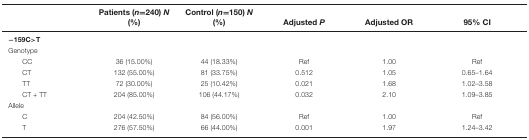
<table><thead><tr><td></td><td><b>Patients (<i>n</i>=240) <i>N</i> (%)</b></td><td><b>Control (<i>n</i>=150) <i>N</i> (%)</b></td><td><b>Adjusted <i>P</i></b></td><td><b>Adjusted OR</b></td><td><b>95% CI</b></td></tr></thead><tbody><tr><td><b>−159C&gt;T</b></td><td></td><td></td><td></td><td></td><td></td></tr><tr><td>Genotype</td><td></td><td></td><td></td><td></td><td></td></tr><tr><td>CC</td><td>36 (15.00%)</td><td>44 (18.33%)</td><td>Ref</td><td>1.00</td><td>Ref</td></tr><tr><td>CT</td><td>132 (55.00%)</td><td>81 (33.75%)</td><td>0.512</td><td>1.05</td><td>0.65–1.64</td></tr><tr><td>TT</td><td>72 (30.00%)</td><td>25 (10.42%)</td><td>0.021</td><td>1.68</td><td>1.02–3.58</td></tr><tr><td>CT + TT</td><td>204 (85.00%)</td><td>106 (44.17%)</td><td>0.032</td><td>2.10</td><td>1.09–3.85</td></tr><tr><td>Allele</td><td></td><td></td><td></td><td></td><td></td></tr><tr><td>C</td><td>204 (42.50%)</td><td>84 (56.00%)</td><td>Ref</td><td>1.00</td><td>Ref</td></tr><tr><td>T</td><td>276 (57.50%)</td><td>66 (44.00%)</td><td>0.001</td><td>1.97</td><td>1.24–3.42</td></tr></tbody></table>